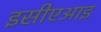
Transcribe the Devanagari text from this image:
इसीएआइ